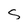
Character: s